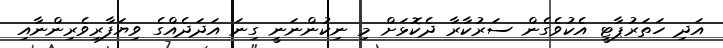
އަދި ހަތަރުޕާޓީ އެކުވެގެން ސަރުކާރާ ދެކޮޅަށް މި ނިކުންނަނީ ގިނަ އަދަދެއްގެ ވިޔަފާރިވެރިންނާއި